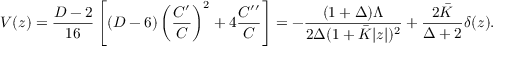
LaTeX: V ( z ) = { \frac { D - 2 } { 1 6 } } \left[ ( D - 6 ) \left( { \frac { { \cal C } ^ { \prime } } { \cal C } } \right) ^ { 2 } + 4 { \frac { { \cal C } ^ { \prime \prime } } { \cal C } } \right] = - { \frac { ( 1 + \Delta ) \Lambda } { 2 \Delta ( 1 + \bar { K } | z | ) ^ { 2 } } } + { \frac { 2 \bar { K } } { \Delta + 2 } } \delta ( z ) .